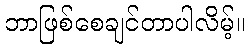
ဘာဖြစ်စေချင်တာပါလိမ့်။